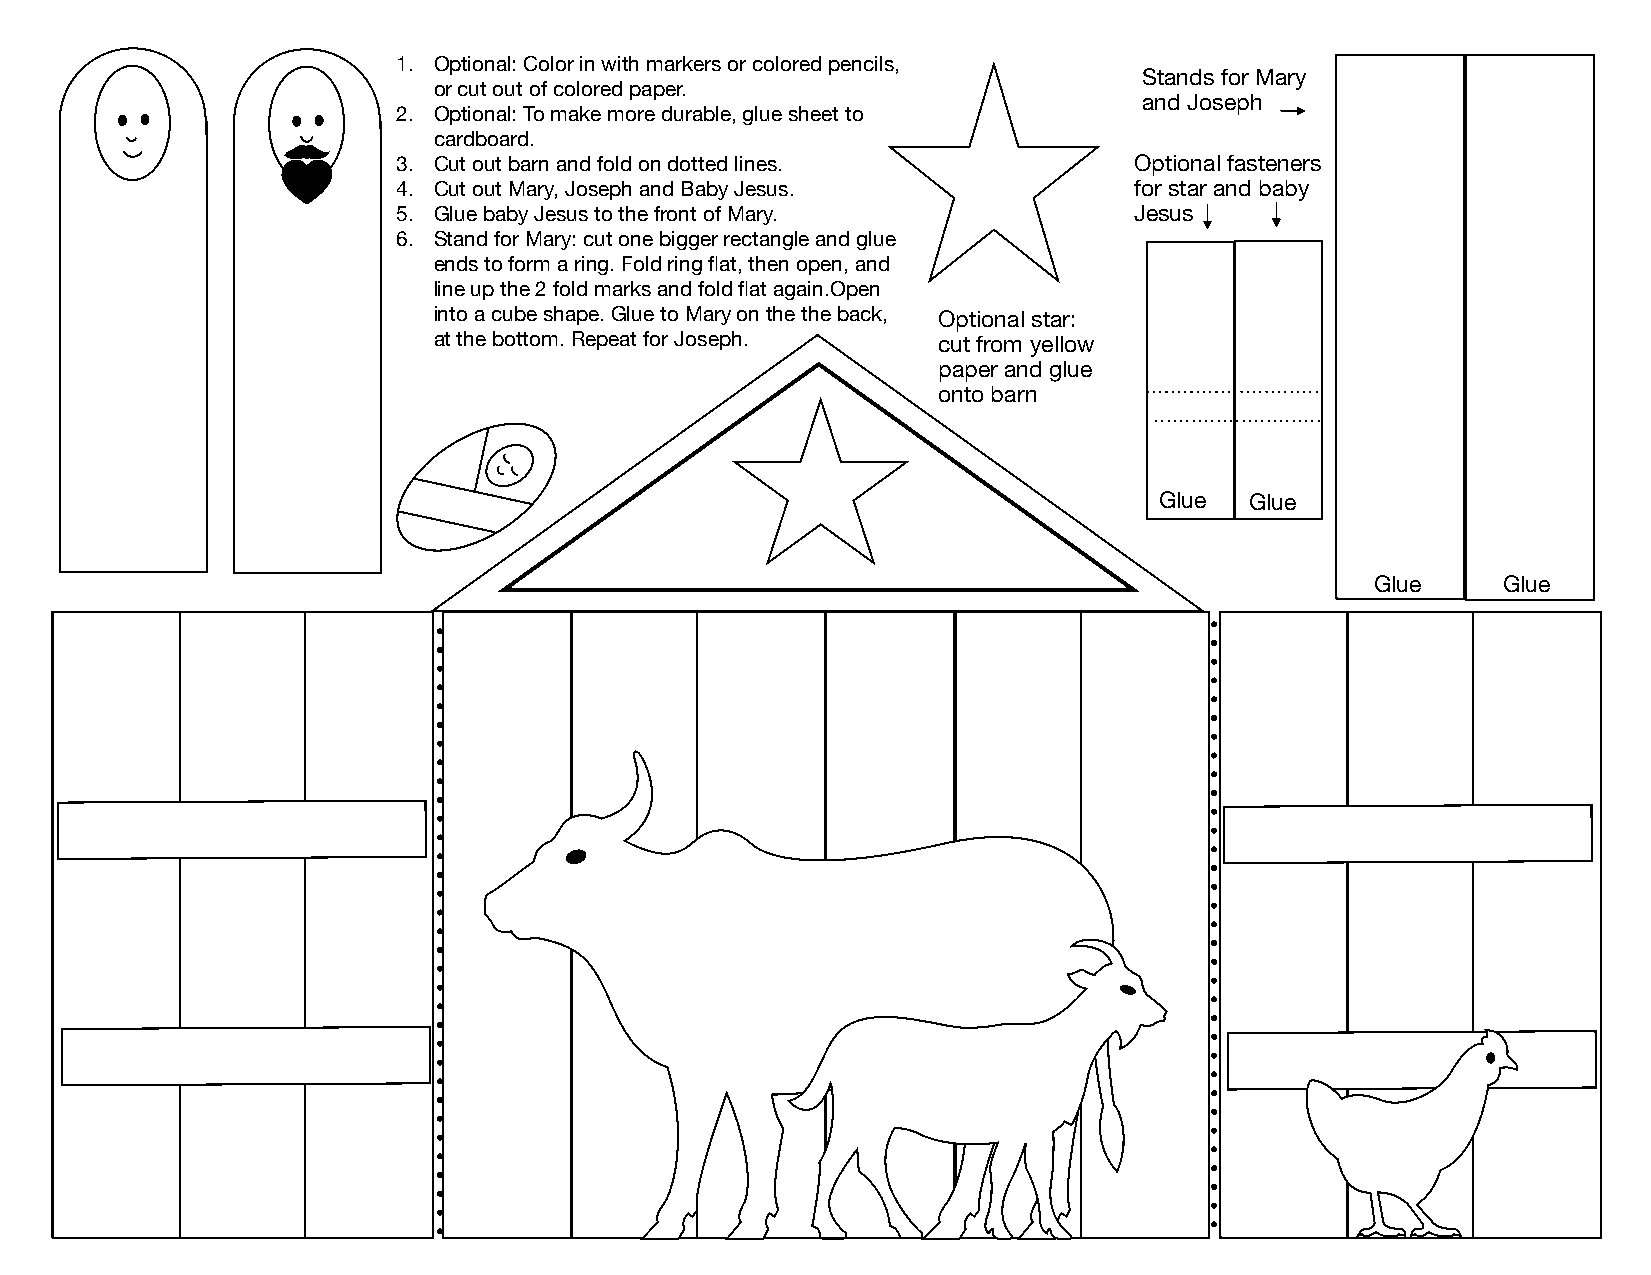
1. Optional: Color in with markers or colored pencils,
 Stands for Mary
 or cut out of colored paper.
 and Joseph
 2. Optional: To make more durable, glue sheet to
 cardboard.
 3. Cut out barn and fold on dotted lines.        Optional fasteners
 4. Cut out Mary, Joseph and Baby Jesus.          for star and baby
 5. Glue baby Jesus to the front of Mary.         Jesus
 6. Stand for Mary: cut one bigger rectangle and glue
 ends to form a ring. Fold ring flat, then open, and
 line up the 2 fold marks and fold flat again.Open
 into a cube shape. Glue to Mary on the the back, Optional star:
 at the bottom. Repeat for Joseph. cut from yellow
 paper and glue
 onto barn
 Glue  Glue
 Glue    Glue